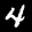
Label: 4